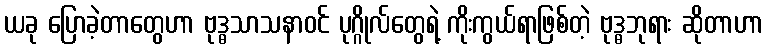
ယခု ပြောခဲ့တာတွေဟာ ဗုဒ္ဓသာသနာဝင် ပုဂ္ဂိုလ်တွေရဲ့ ကိုးကွယ်ရာဖြစ်တဲ့ ဗုဒ္ဓဘုရား ဆိုတာဟာ